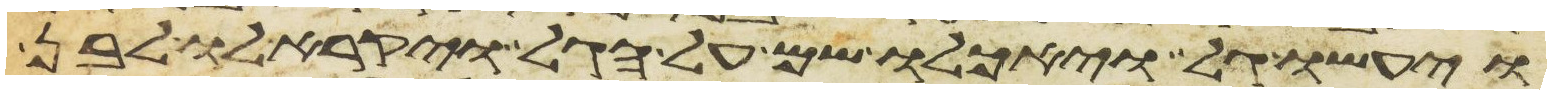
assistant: ויעשו גל ויאכלו שם על הגל ויקרא לו לבן